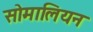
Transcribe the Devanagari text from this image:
सोमालियन